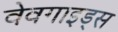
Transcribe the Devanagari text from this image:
वेवगाइड्स